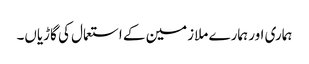
ہماری اور ہمارے ملازمین کے استعمال کی گاڑیاں۔